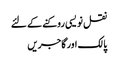
نقل نویسی روکنے کے لئے
پالک اور گاجریں